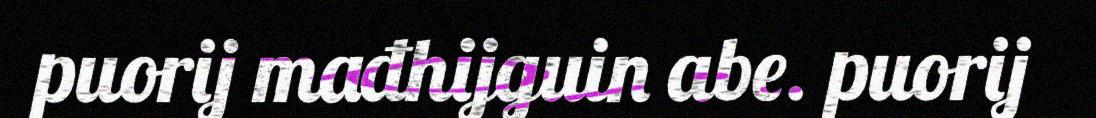
puorij mađhijguin abe. puorij